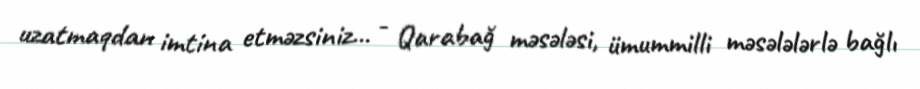
uzatmaqdan imtina etməzsiniz... - Qarabağ məsələsi, ümummilli məsələlərlə bağlı